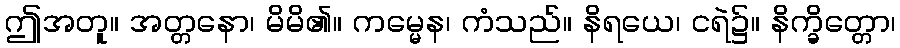
ဤအတူ။ အတ္တနော၊ မိမိ၏။ ကမ္မေန၊ ကံသည်။ နိရယေ၊ ငရဲ၌။ နိက္ခိတ္တော၊